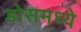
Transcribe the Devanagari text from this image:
डोसमध्ये